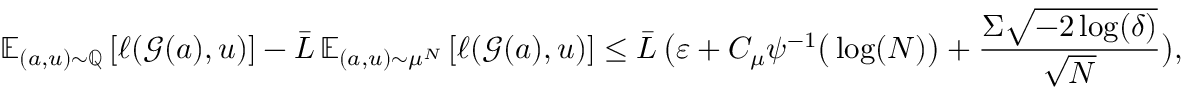
\boldsymbol { \mathbb { E } } _ { ( a , u ) \sim \mathbb { Q } } \left[ \ell ( \boldsymbol { \mathcal { G } } ( a ) , u ) \right] - \bar { L } \, \boldsymbol { \mathbb { E } } _ { ( a , u ) \sim \mu ^ { N } } \left[ \ell ( \boldsymbol { \mathcal { G } } ( a ) , u ) \right] \le \bar { L } \, \big ( \varepsilon + C _ { \mu } \psi ^ { - 1 } \big ( \log ( N ) \big ) + \frac { \Sigma \sqrt { - 2 \log ( \delta ) } } { \sqrt { N } } \big ) ,